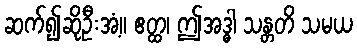
ဆက်၍ဆိုဦးအံ့။ ဧတ္ထ၊ ဤအဒ္ဓါ သန္တတိ သမယ